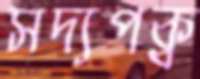
সদ্যপক্ব